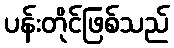
ပန်းတိုင်ဖြစ်သည်